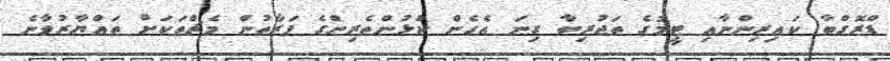
ޑްރޮގްބާ ކައިރިންނާއި ޓީމުގެ ތަޖުރިބާ ގިނަ އެހެން ކުޅުންތެރިންގެ ފަރާތުން މެޗްތަކަށް ތައްޔާރުވާނެ